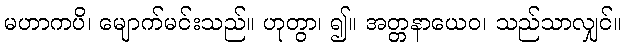
မဟာကပိ၊ မျောက်မင်းသည်။ ဟုတွာ၊ ၍။ အတ္တနာယေဝ၊ သည်သာလျှင်။